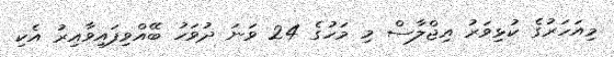
މިއަހަރުގެ ކުޅިވަރު އިޖްލާސް މި މަހުގެ 24 ވަނަ ދުވަހު ބޭއްވިފައިވާއިރު އެކި